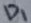
Text: D1